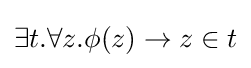
\exists t.\forall z.\phi (z)\to z\in t